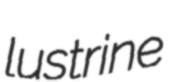
lustrine